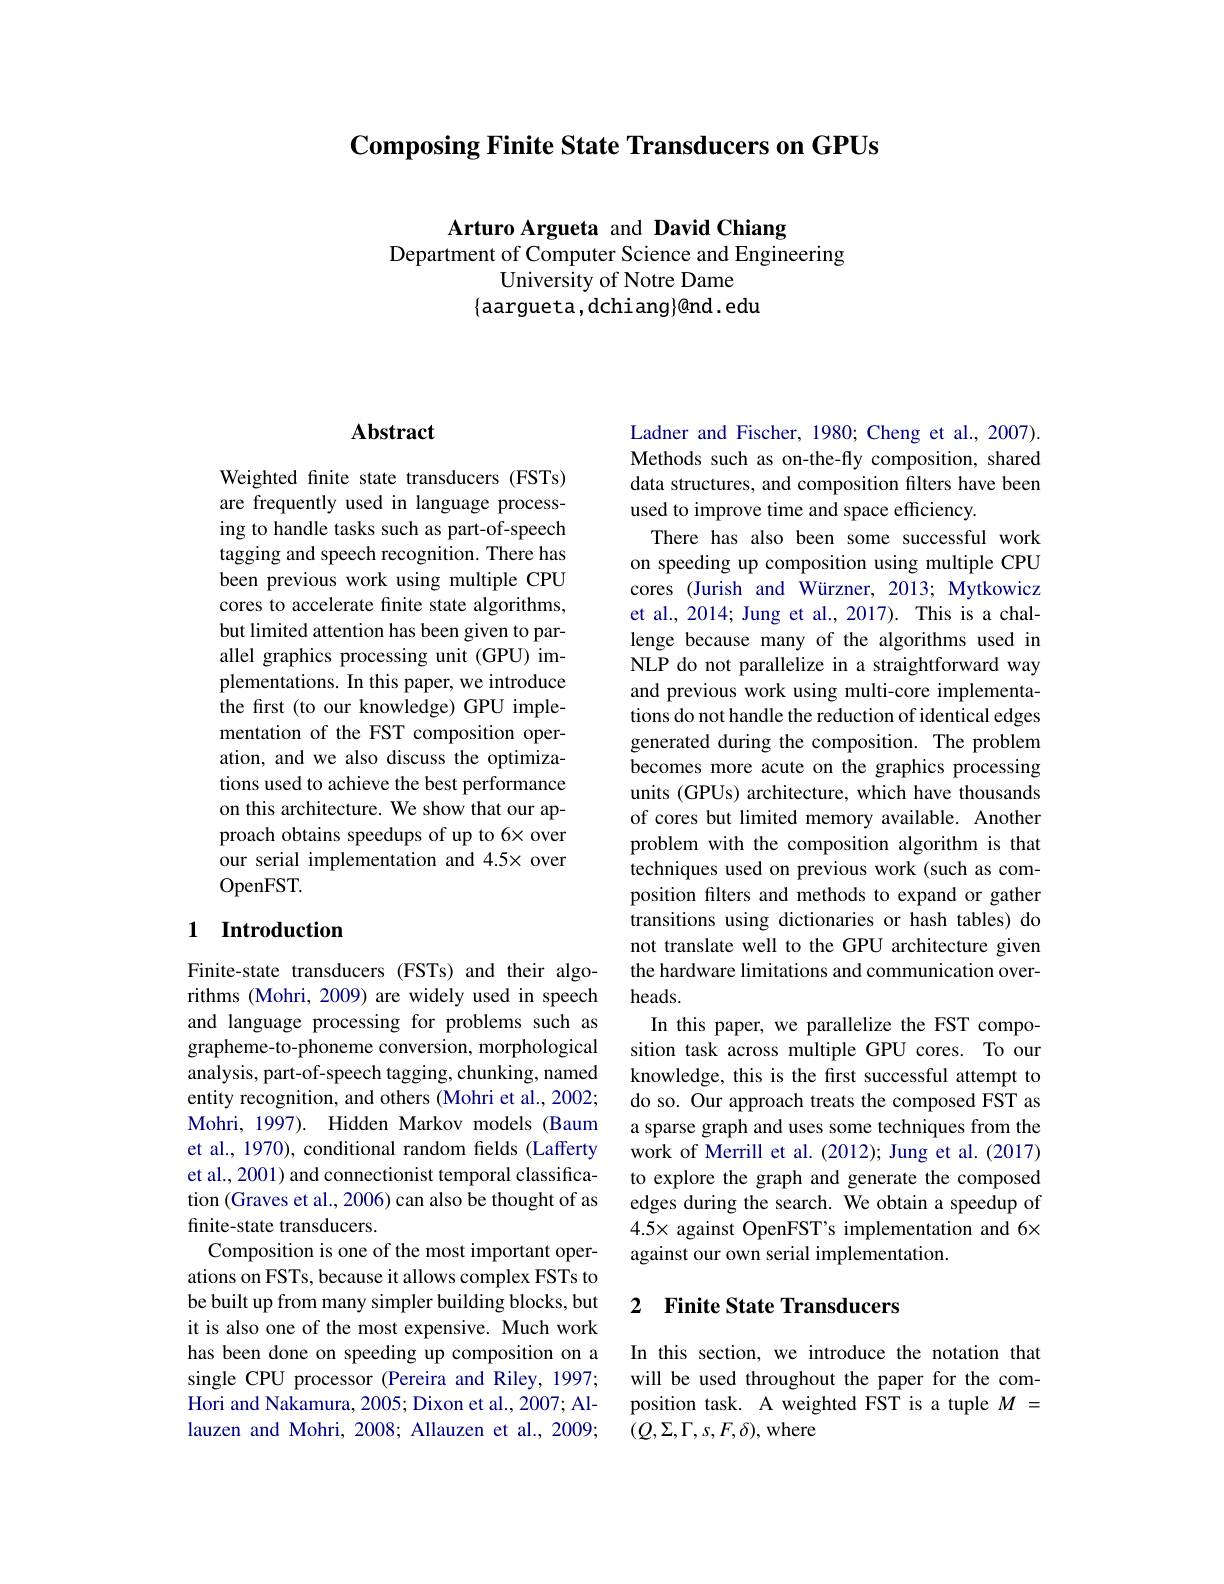
# Composing Finite State Transducers on GPUs

Arturo Argueta and David Chiang
Department of Computer Science and Engineering
University of Notre Dame
$\{$aargueta,dchiang}@nd.edu

## Abstract

Weighted finite state transducers (FSTs) are frequently used in language processing to handle tasks such as part-of-speech tagging and speech recognition. There has been previous work using multiple CPU cores to accelerate finite state algorithms, but limited attention has been given to parallel graphics processing unit (GPU) implementations. In this paper, we introduce the first (to our knowledge) GPU implementation of the FST composition operation, and we also discuss the optimizations used to achieve the best performance on this architecture. We show that our approach obtains speedups of up to 6× over our serial implementation and 4.5× over OpenFST.

## 1 Introduction

Finite-state transducers (FSTs) and their algorithms (Mohri, 2009) are widely used in speech and language processing for problems such as grapheme-to-phoneme conversion, morphological analysis, part-of-speech tagging, chunking, named entity recognition, and others (Mohri et al., 2002; Mohri, 1997). Hidden Markov models (Baum et al., 1970), conditional random fields (Lafferty et al., 2001) and connectionist temporal classification (Graves et al., 2006) can also be thought of as finite-state transducers.
Composition is one of the most important operations on FSTs, because it allows complex FSTs to be built up from many simpler building blocks, but it is also one of the most expensive. Much work has been done on speeding up composition on a single CPU processor (Pereira and Riley, 1997; Hori and Nakamura, 2005; Dixon et al., 2007; Allauzen and Mohri, 2008; Allauzen et al., 2009;

Ladner and Fischer, 1980; Cheng et al., 2007). Methods such as on-the-fly composition, shared data structures, and composition filters have been used to improve time and space efficiency.
There has also been some successful work on speeding up composition using multiple CPU cores (Jurish and Würzner, 2013; Mytkowicz et al., 2014; Jung et al., 2017). This is a challenge because many of the algorithms used in NLP do not parallelize in a straightforward way and previous work using multi-core implementations do not handle the reduction of identical edges generated during the composition. The problem becomes more acute on the graphics processing units (GPUs) architecture, which have thousands of cores but limited memory available. Another problem with the composition algorithm is that techniques used on previous work (such as composition filters and methods to expand or gather transitions using dictionaries or hash tables) do not translate well to the GPU architecture given the hardware limitations and communication overheads.
In this paper, we parallelize the FST composition task across multiple GPU cores. To our knowledge, this is the first successful attempt to do so. Our approach treats the composed FST as a sparse graph and uses some techniques from the work of Merrill et al. (2012); Jung et al. (2017) to explore the graph and generate the composed edges during the search. We obtain a speedup of $4.5\times against OpenFST's implementation and 6\times$ against our own serial implementation.

## 2 Finite State Transducers

In this section, we introduce the notation that will be used throughout the paper for the composition task. A weighted FST is a tuple $M=$ $(Q,\Sigma,\Gamma,s,F,\delta)$,where